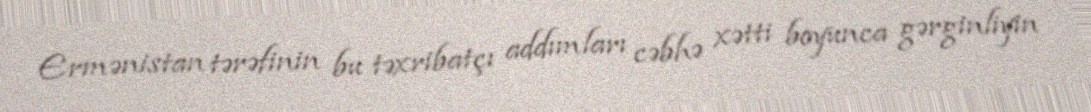
Ermənistan tərəfinin bu təxribatçı addımları cəbhə xətti boyunca gərginliyin